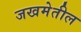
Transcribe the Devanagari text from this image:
जखमेतील